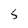
Character: 5